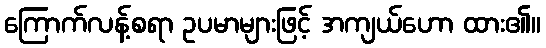
ကြောက်လန့်စရာ ဥပမာများဖြင့် အကျယ်ဟော ထား၏။